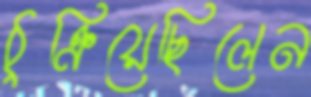
ঠুক্‌রিয়েছিলেন